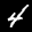
Label: 4